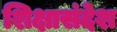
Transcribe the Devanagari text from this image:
शिक्षासंदेश